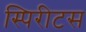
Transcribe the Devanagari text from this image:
स्पिरीटस